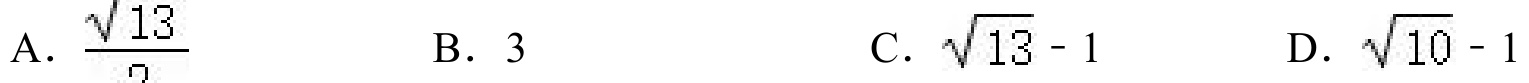
A. $\dfrac{\sqrt{13}}{2}$  B. $3$  C. $\sqrt{13}-1$  D. $\sqrt{10}-1$